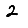
Digit: 2